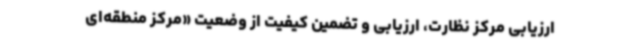
ارزیابی مرکز نظارت، ارزیابی و تضمین کیفیت از وضعیت «مرکز منطقه‌ای